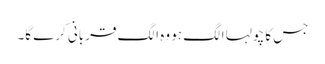
جس کا چولہا الگ ہو وہ الگ قربانی کرے گا۔